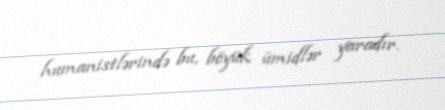
humanistlərində bu, böyük ümidlər yaradır.